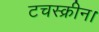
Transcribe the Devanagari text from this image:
टचस्क्रीन।